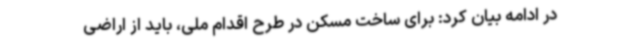
در ادامه بیان کرد: برای ساخت مسکن در طرح اقدام ملی، باید از اراضی